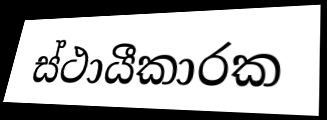
ස්ථායීකාරක